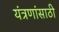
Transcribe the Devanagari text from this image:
यंत्रणांसाठी